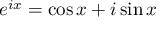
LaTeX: e ^ { i x } = \cos x + i \sin x